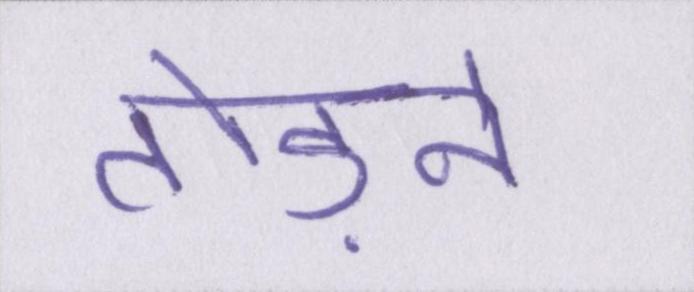
तोड़ने